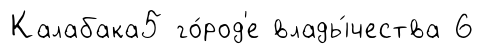
Калабака5 го́род'е влады́чества 6